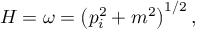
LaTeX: H = \omega = \left( { p } _ { i } ^ { 2 } + m ^ { 2 } \right) ^ { 1 / 2 } ,